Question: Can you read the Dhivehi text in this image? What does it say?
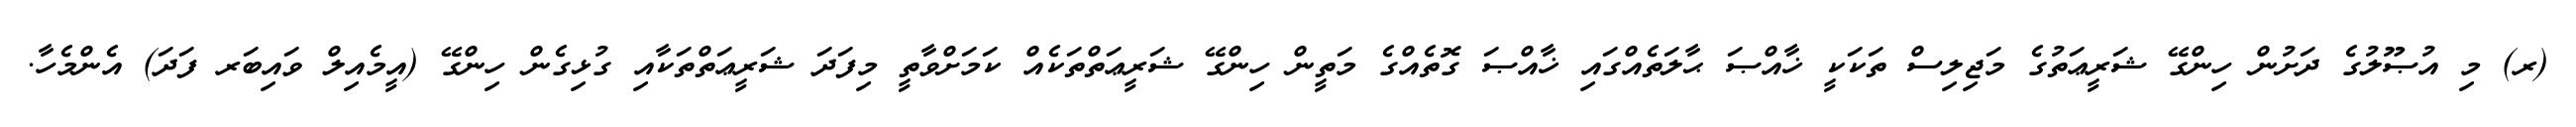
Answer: (ރ) މި އުޞޫލުގެ ދަށުން ހިންގޭ ޝަރީޢަތުގެ މަޖިލިސް ތަކަކީ ޚާއްޞަ ޙާލަތެއްގައި ޚާއްޞަ ގޮތެއްގެ މަތީން ހިންގޭ ޝަރީޢަތްތަކެއް ކަމަށްވާތީ މިފަދަ ޝަރީޢަތްތަކާއި ގުޅިގެން ހިންގޭ (އީމެއިލް ވައިބަރ ފަދަ) އެންމެހާ.